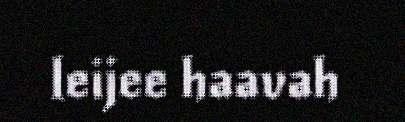
leijee haavah